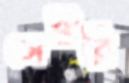
সেঞ্ছুরি